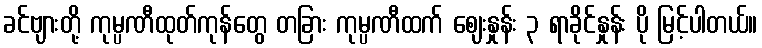
ခင်ဗျားတို့ ကုမ္ပဏီထုတ်ကုန်တွေ တခြား ကုမ္ပဏီထက် ဈေးနှုန်း ၃ ရာခိုင်နှုန်း ပို မြင့်ပါတယ်။